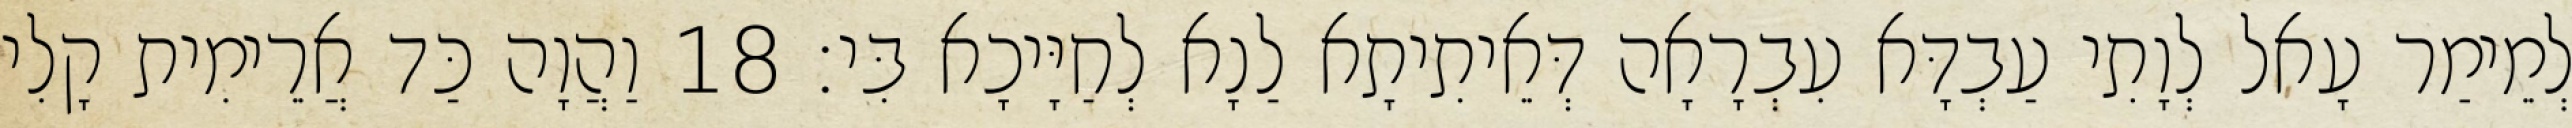
לְמֵימַר עָאל לְוָתִי עַבְדָּא עִבְרָאָה דְּאֵיתִיתָא לַנָא לְחַיָּיכָא בִּי׃ 18 וַהֲוָה כַּד אֲרֵימִית קָלִי